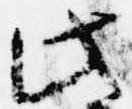
此